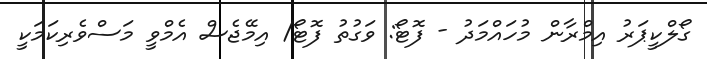
ގޯލްކީޕަރު އިމްރާން މުހައްމަދު - ފޮޓޯ: ވަގުތު ފޮޓޯ/ އިމޭޖެސް އެމްވީ މަސްވެރިކަމަކީ